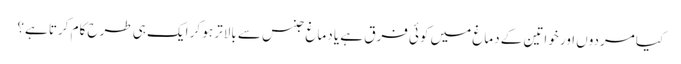
کیا مردوں اور خواتین کے دماغ میں کوئی فرق ہے یا دماغ جنس سے بالاتر ہو کر ایک ہی طرح کام کرتا ہے؟